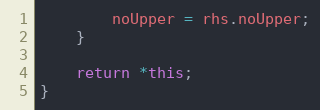
Language: C++
		noUpper = rhs.noUpper;
	}

	return *this;
}